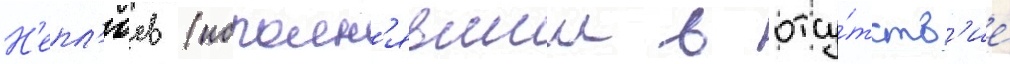
Н'епл'юев (исполн'явшии в отсу́тств'ие